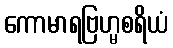
ကောမာရဗြဟ္မစရိယံ